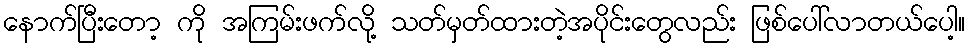
နောက်ပြီးတော့ ကို အကြမ်းဖက်လို့ သတ်မှတ်ထားတဲ့အပိုင်းတွေလည်း ဖြစ်ပေါ်လာတယ်ပေါ့။